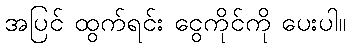
အပြင် ထွက်ရင်း ငွေကိုင်ကို ပေးပါ။